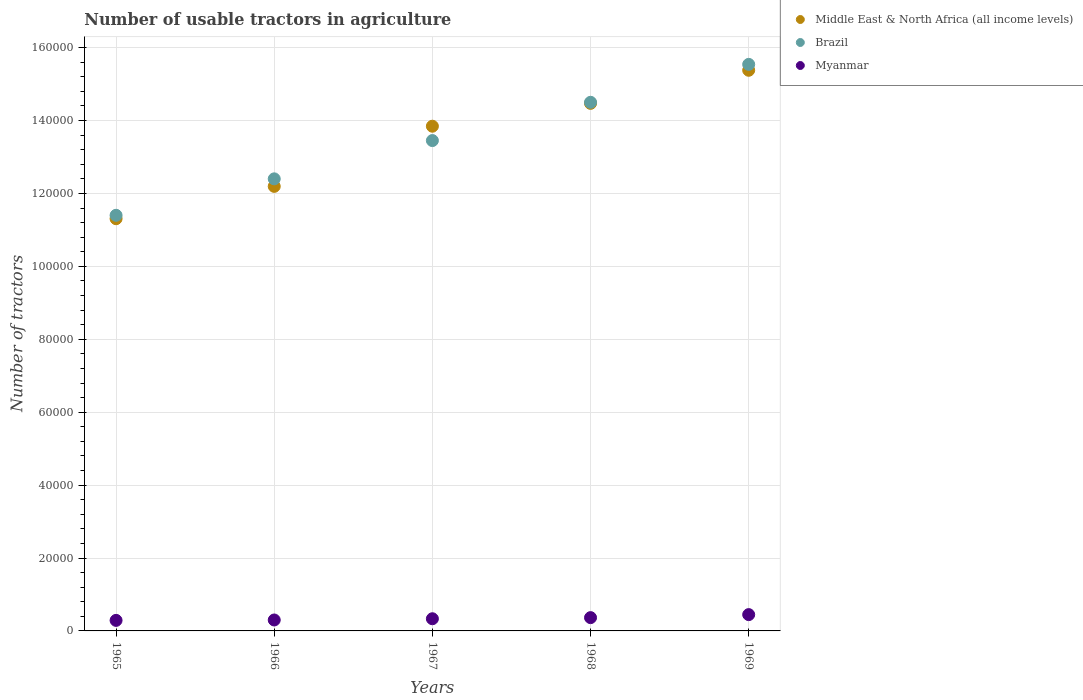
| Years | Middle East & North Africa (all income levels) | Brazil | Myanmar |
 | --- | --- | --- | --- |
 | 1965 | 1.13e+05 | 1.14e+05 | 2.89e+03 |
 | 1966 | 1.22e+05 | 1.24e+05 | 3e+03 |
 | 1967 | 1.38e+05 | 1.34e+05 | 3.34e+03 |
 | 1968 | 1.45e+05 | 1.45e+05 | 3.64e+03 |
 | 1969 | 1.54e+05 | 1.55e+05 | 4.47e+03 |